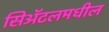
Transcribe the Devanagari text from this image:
सिॲटलमधील